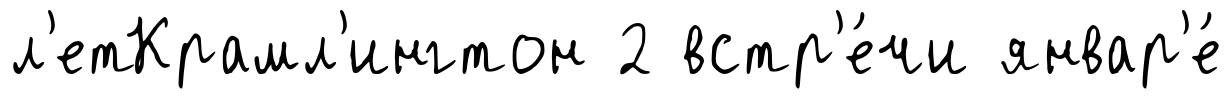
л'етКрамл'ингтон 2 встр'е́чи январ'е́